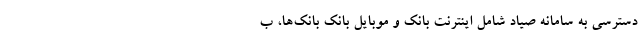
دسترسی به سامانه صیاد شامل اینترنت بانک و موبایل بانکِ بانک‌ها، ب